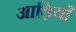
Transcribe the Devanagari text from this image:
आड़ियाँ